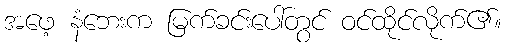
အဖေ့ နံဘေးက မြက်ခင်းပေါ်တွင် ဝင်ထိုင်လိုက်၏။